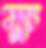
রু